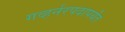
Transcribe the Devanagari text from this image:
गव्हर्नरपदापर्यंत